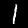
Label: 1